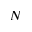
N